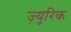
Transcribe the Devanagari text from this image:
ज़्युरिक